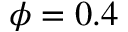
\phi = 0 . 4